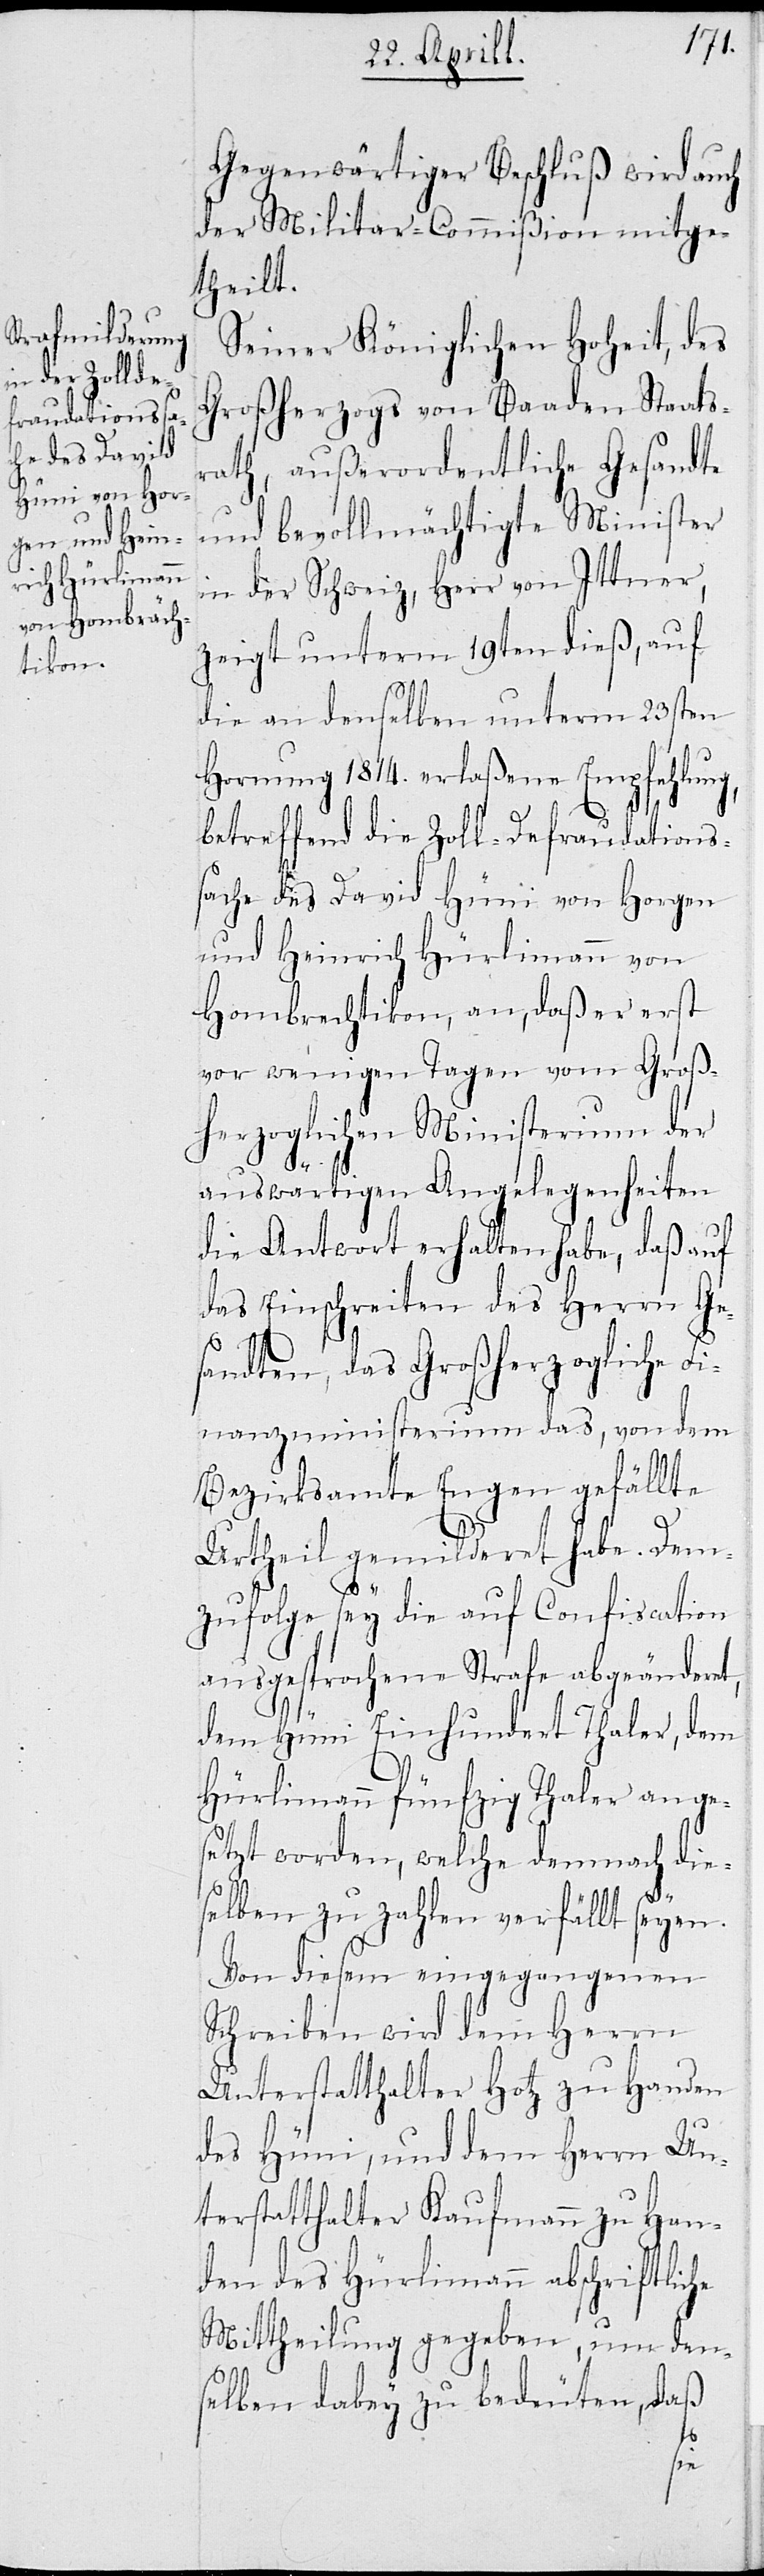
Gegenwärtiger Beschluß wird auch
der Militar-Commißion mitge¬
theilt.
Seiner Königlichen Hoheit, des
Großherzogs von Baaden Staats¬
rath, außerordentliche Gesandte
und bevollmächtigte Minister
in der Schweiz, Herr von Ittner,
zeigt unterm 19ten dieß, auf
die an denselben unterm 23sten
Hornung 1814. erlaßene Empfehlung,
betreffend die Zoll-Defraudations¬
sache des David Hüni von Horgen
und Heinrich Hürlimann von
Hombrechtikon, an, daß er erst
vor wenigen Tagen vom Groß¬
herzoglichen Ministerium der
auswärtigen Angelegenheiten
die Antwort erhalten habe, daß auf
das Einschreiten des Herrn Ge¬
sandten, das Großherzogliche F¬
inanzministerium das, von dem
Bezirksamte Engen gefällte
Urtheil gemildert habe. Dem¬
zufolge sey die auf Confiscation
ausgesprochene Strafe abgeänderet,
dem Hüni Einhundert Thaler, dem
Hürlimann fünfzig Thaler ange¬
setzt worden, welche demnach die¬
selben zu zahlen verfällt seyen.
Von diesem eingegangenen
Schreiben wird dem Herrn
Unterstatthalter Hotz zu Handen
des Hüni, und dem Herrn Un¬
terstatthalter Kaufmann zu Han¬
den des Hürlimann abschriftliche
Mittheilung gegeben, um den¬
selben dabey zu bedeüten, daß